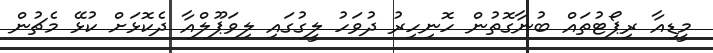
މީޑިއާ ރިޕޯޓުތައް ބުނާގޮތުން ހޮނިހިރު ދުވަހު ލީގުގައި ލިވަޕޫލްއާ ދެކޮޅަށް ކުޅޭ މެޗުން